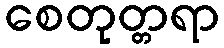
စေတုတ္တရာ